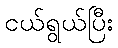
ငယ်ရွယ်ပြီး